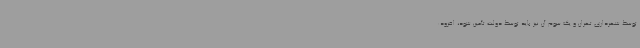
توسط شهرداری تهران و یک سوم آن نیز باید توسط دولت تأمین شود، افزود: